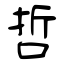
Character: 哲